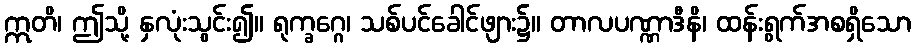
ဣတိ၊ ဤသို့ နှလုံးသွင်း၍။ ရုက္ခဂ္ဂေ၊ သစ်ပင်ခေါင်ဖျား၌။ တာလပဏ္ဏာဒီနိ၊ ထန်းရွက်အစရှိသော